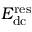
E _ { \mathrm { d c } } ^ { \mathrm { r e s } }